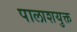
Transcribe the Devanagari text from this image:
पालाशयुक्त